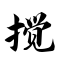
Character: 搅